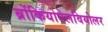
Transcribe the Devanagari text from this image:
ब्रोंकियोऐलवियोलर